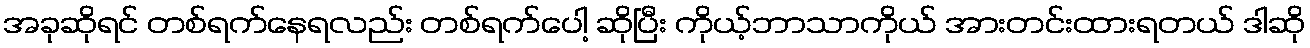
အခုဆိုရင် တစ်ရက်နေရလည်း တစ်ရက်ပေါ့ ဆိုပြီး ကိုယ့်ဘာသာကိုယ် အားတင်းထားရတယ် ဒါဆို